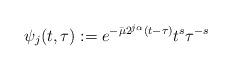
LaTeX: \begin{align*} \psi_j (t,\tau) := e^{-\bar{\mu} 2^{j\alpha}(t-\tau)}t^s\tau^{-s}\end{align*}